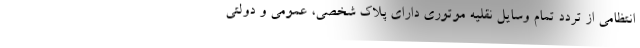
انتظامی از تردد تمام وسایل نقلیه موتوری دارای پلاک شخصی، عمومی و دولتی